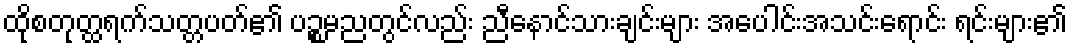
ထိုစတုတ္ထရက်သတ္တပတ်၏ ပဉ္စမညတွင်လည်း ညီနောင်သားချင်းများ အပေါင်းအသင်းရောင်း ရင်းများ၏